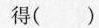
得()